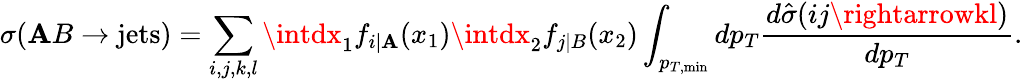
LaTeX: \sigma(\mathbf{A}B\rightarrow\mathrm{{jets}})=\sum_{i,j,k,l}\intdx_{1}f_{i|\mathbf{A}}(x_{1})\intdx_{2}f_{j|B}(x_{2})\int_{p_{T,\mathrm{{min}}}}dp_{T}\frac{{d\hat{{\sigma}}(ij\rightarrowkl)}}{{dp_{T}}}.